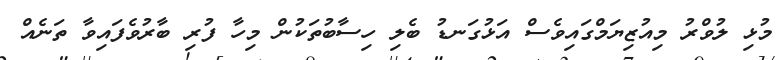
މުޅި ލުވްރު މިއުޒިޔަމްގައިވެސް އަޅުގަނޑު ބެލި ހިސާބުތަކުން މިހާ ފުރި ބާރުވެފައިވާ ތަނެއް